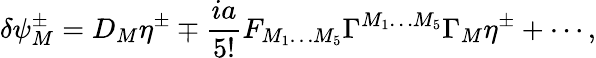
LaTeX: \delta\psi_{M}^{\pm}=D_{M}\eta^{\pm}\mp\frac{ia}{5!}F_{M_{1}\ldots M_{5}}\Gamma^{M_{1}\ldots M_{5}}\Gamma_{M}\eta^{\pm}+\cdots,